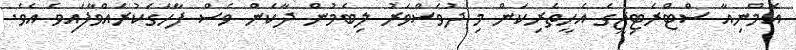
އޮމްނިއާ ސްޓްރެޓިޖީގެ އެހީތެރިކަން މި ދުވަސްވަރު ލިބެމުން ދާކަން ވެސް ފާހަގަކުރައްވާފައިވެ އެވެ.